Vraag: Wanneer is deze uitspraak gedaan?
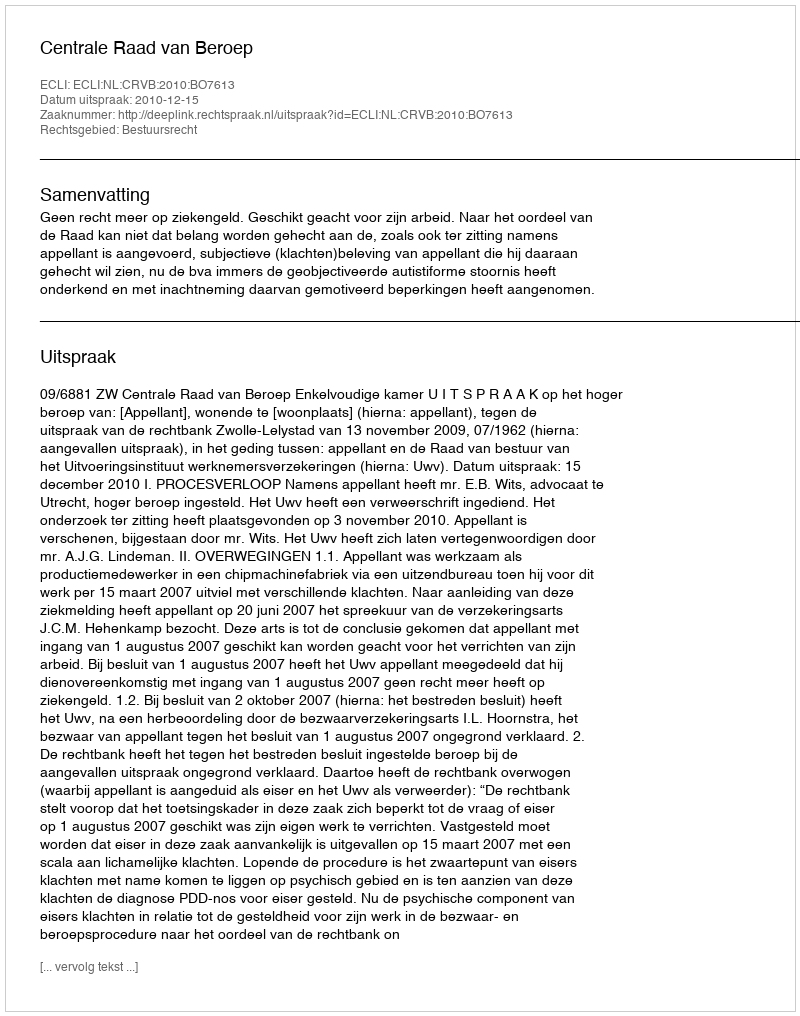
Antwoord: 2010-12-15